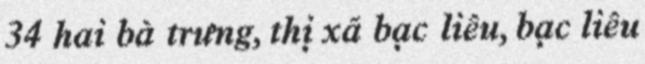
34 hai bà trưng, thị xã bạc liêu, bạc liêu